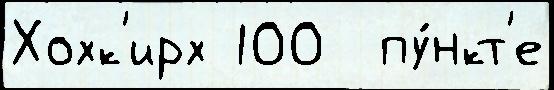
Хохк'ирх 100  пу́нкт'е